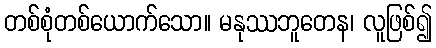
တစ်စုံတစ်ယောက်သော။ မနုဿဘူတေန၊ လူဖြစ်၍